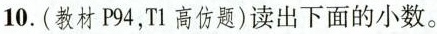
10.（教材P94，T1高仿题）读出下面的小数。